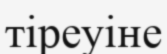
тіреуіне